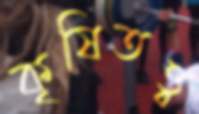
কৃষিতত্ত্ব